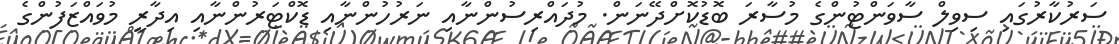
ސަރުކާރުގައި ސިވިލް ސާވަންޓުންގެ މުސާރަ ބޮޑުކޮށްދޭނަން. މުދައްރިސުންނާއި ނަރުހުންނާއި ޑޮކްޓަރުންނާއި އިދާރީ މުވައްޒަފުންގެ